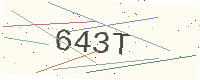
Text: 643T